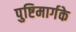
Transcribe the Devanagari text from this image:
पुष्टिमार्गके